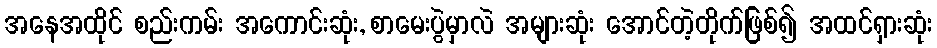
အနေအထိုင် စည်းကမ်း အကောင်းဆုံး, စာမေးပွဲမှာလဲ အများဆုံး အောင်တဲ့တိုက်ဖြစ်၍ အထင်ရှားဆုံး